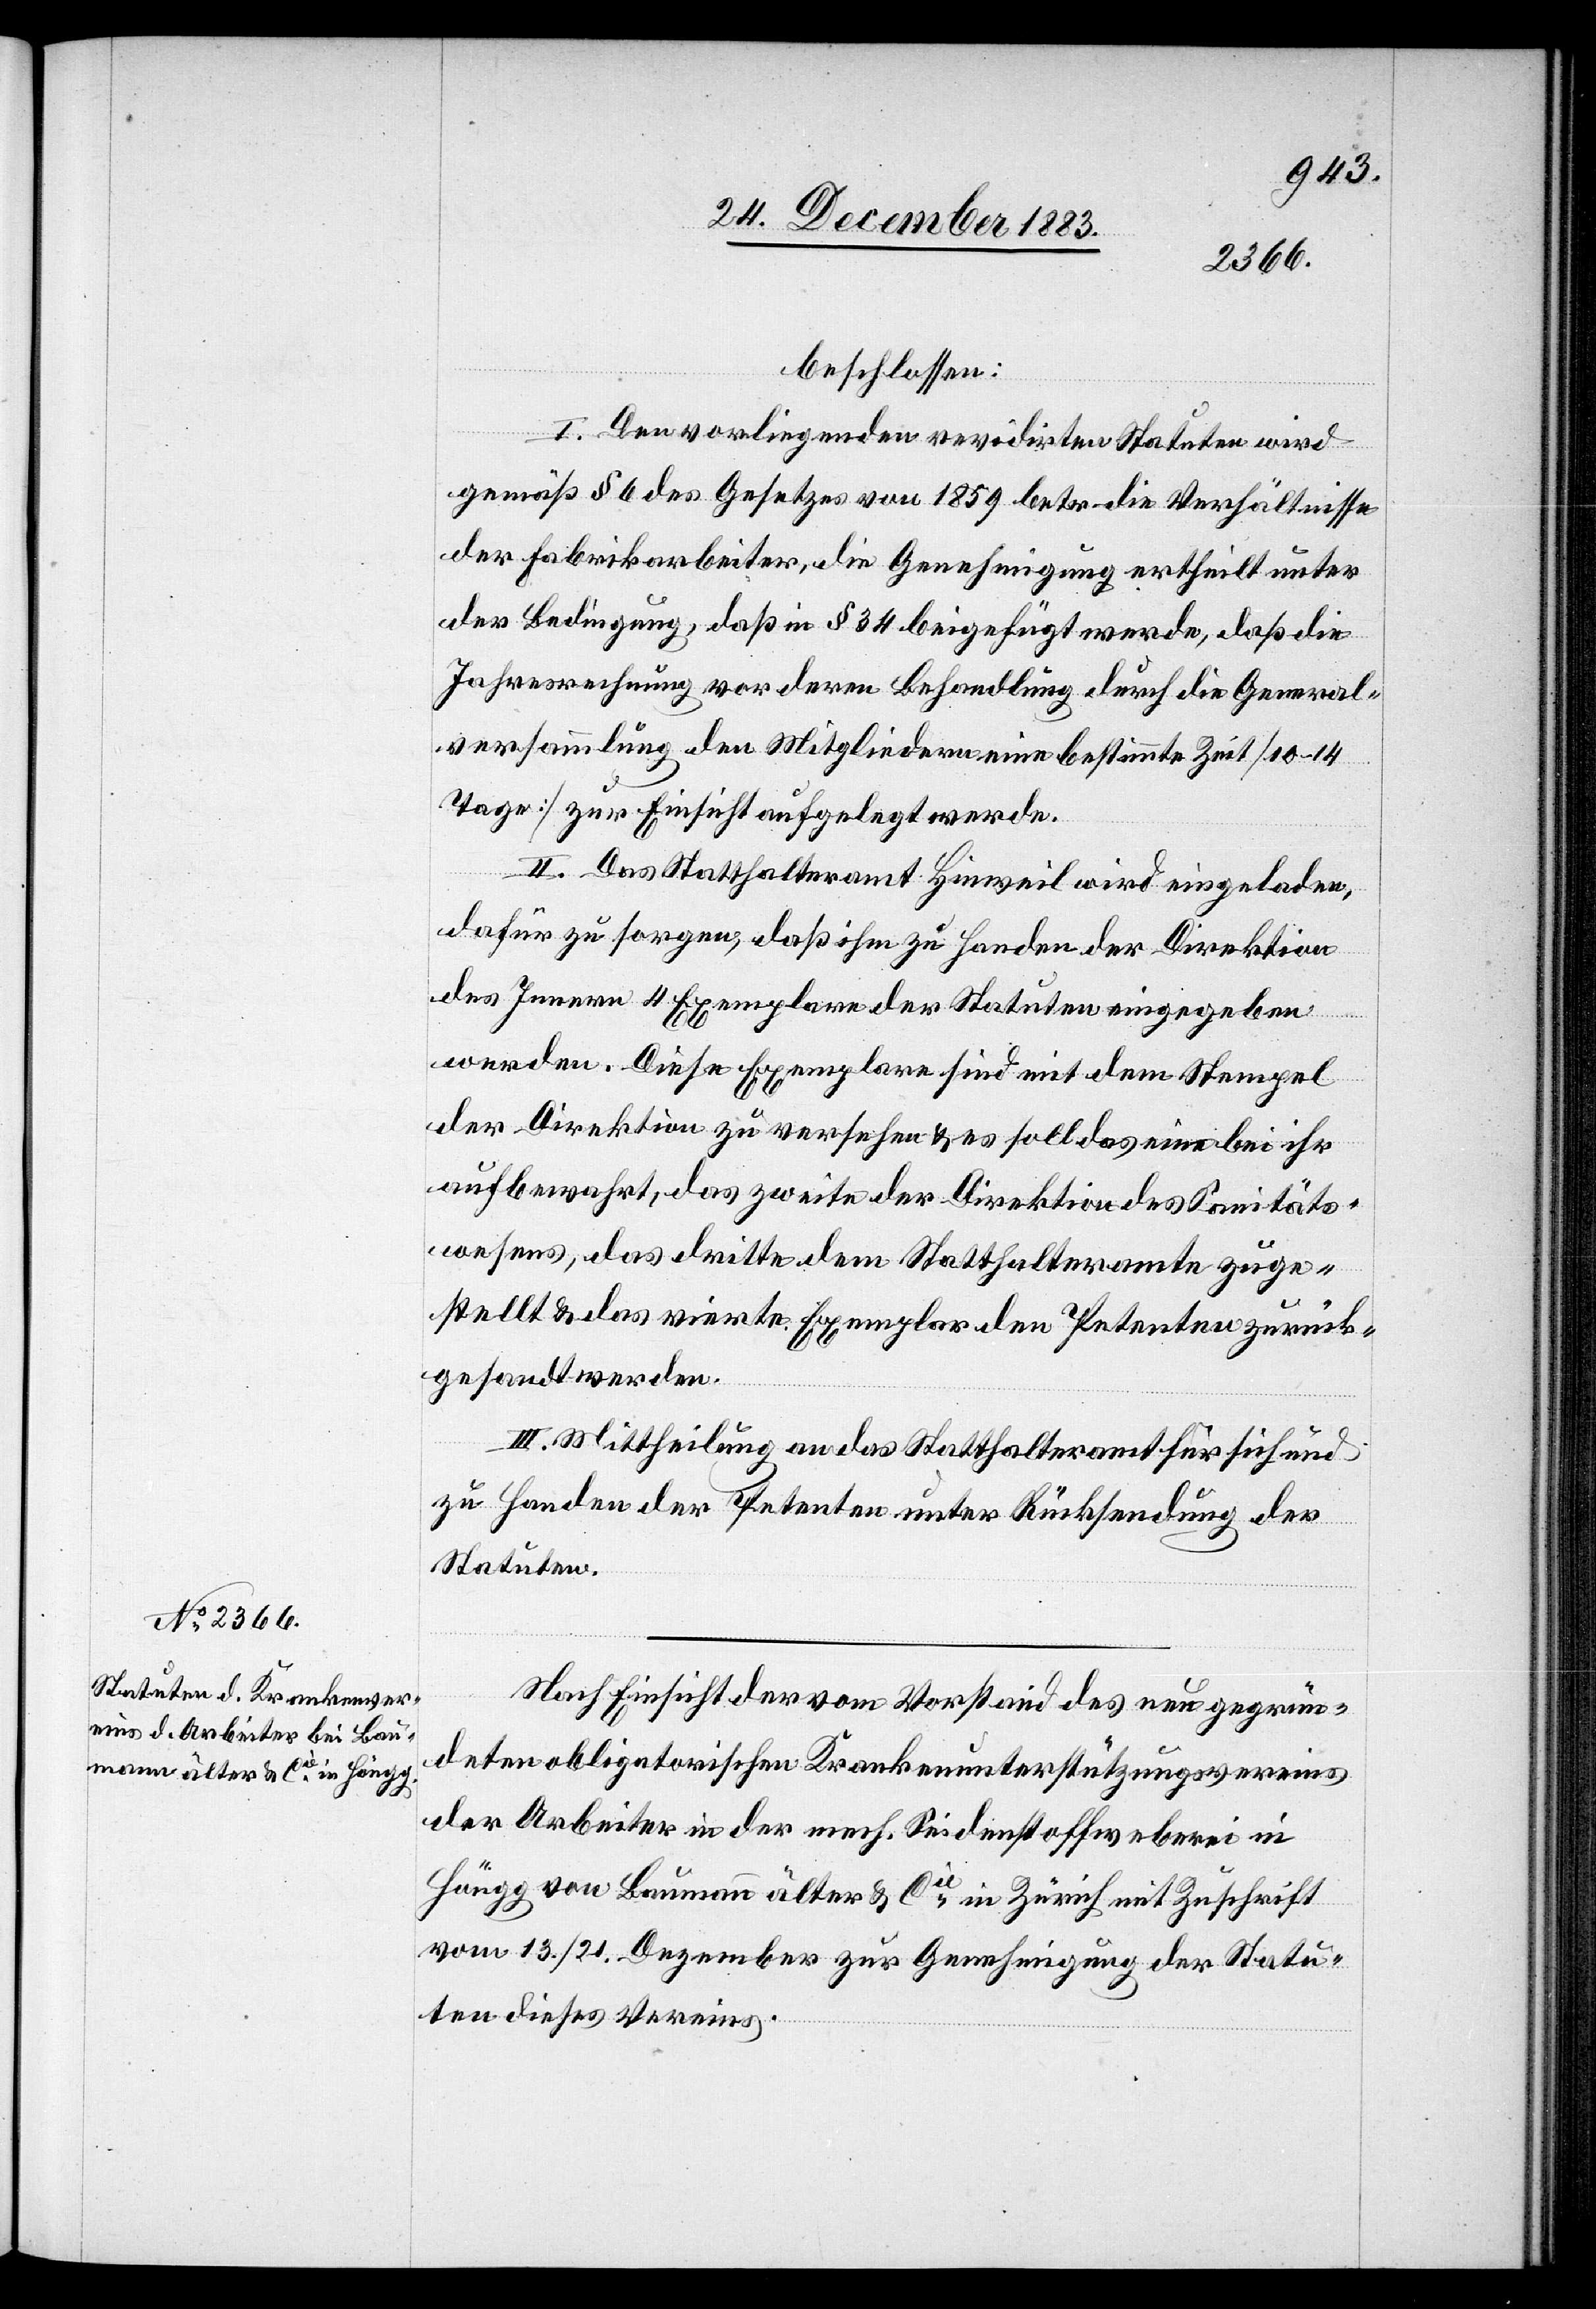
beschlossen:
I. Den vorliegenden revidirten Statuten wird
gemäß § 6 des Gesetzes von 1859 betr. die Verhältnisse
der Fabrikarbeiter, die Genehmigung ertheilt unter
der Bedingung, daß in § 34 beigefügt werde, daß die
Jahresrechnung vor deren Behandlung durch die General¬
versammlung den Mitgliedern eine bestimmte Zeit [10–14
Tage] zur Einsicht aufgelegt werde.
II. Das Statthalteramt Hinweil wird eingeladen,
dafür zu sorgen, daß ihm zu Handen der Direktion
des Innern 4 Exemplare der Statuten eingegeben
werden. Diese Exemplare sind mit dem Stempel
der Direktion zu versehen & es soll das eine bei ihr
aufbewahrt, das zweite der Direktion des Sanitäts¬
wesens, das dritte dem Statthalteramte zuge¬
stellt & das vierte Exemplar den Petenten zurück¬
gesandt werden.
III. Mittheilung an das Statthalteramt für sich und
zu Handen der Petenten unter Rücksendung der
Statuten.
Nach Einsicht der vom Vorstand des neu gegrün¬
deten obligatorischen Krankenunterstützungsvereins
der Arbeiter in der mech. Seidenstoffweberei in
Höngg von Baumann älter & Cie in Zürich mit Zuschrift
vom 13./21. Dezember zur Genehmigung der Statu¬
ten dieses Vereins.